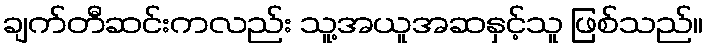
ချက်တီဆင်းကလည်း သူ့အယူအဆနှင့်သူ ဖြစ်သည်။